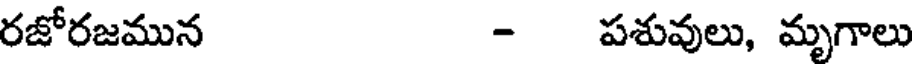
రజోరజమున - పశువులు, మృగాలు